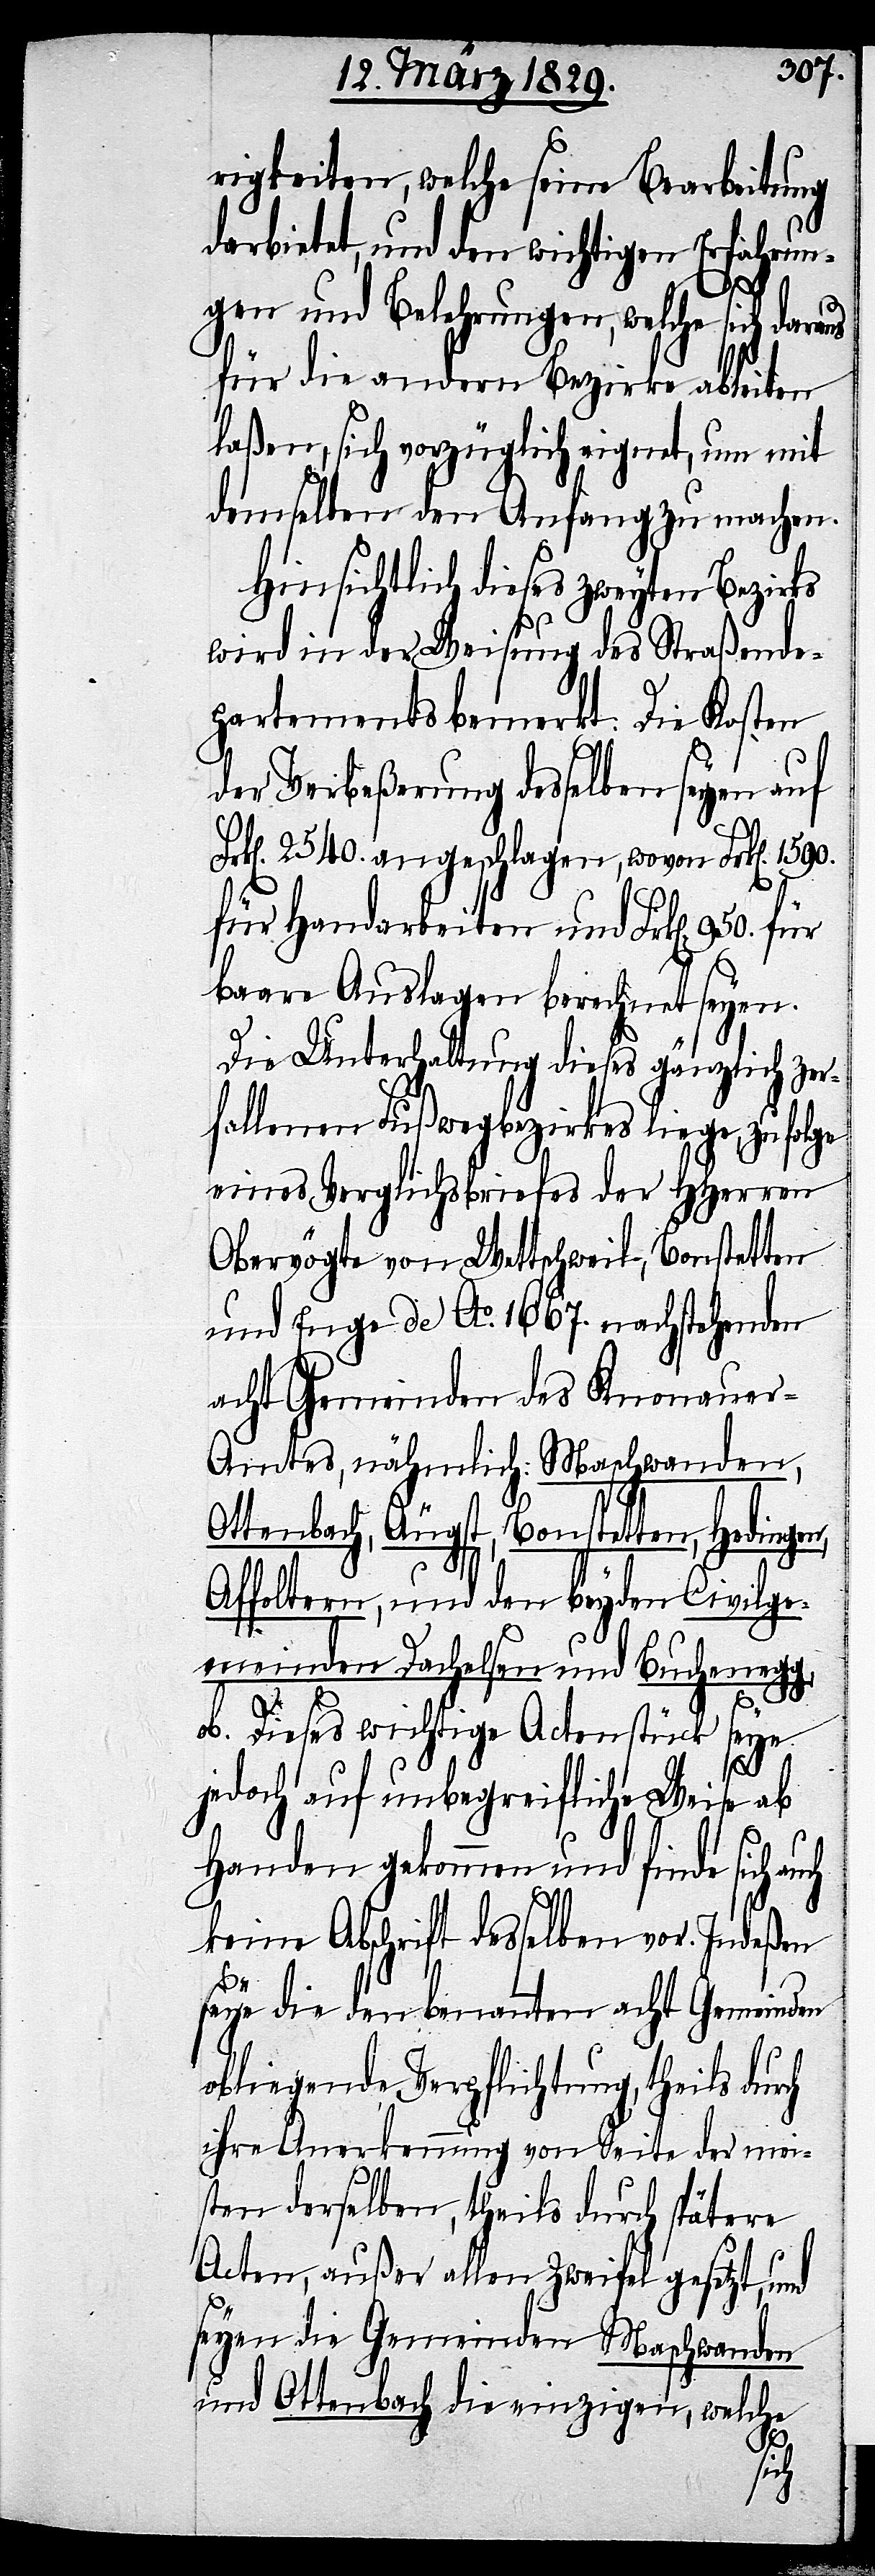
rigkeiten, welche seine Bearbeitung
darbietet, und den wichtigen Erfahrun¬
gen und Belehrungen, welche sich daraus
für die andern Bezirke ableiten
laßen, sich vorzüglich eignet, um mit
demselben den Anfang zu machen.
Hinsichtlich dieses zweyten Bezirks
wird in der Weisung des Straßende¬
partements bemerkt: Die Kosten
der Verbeßerung desselben seyen auf
Frk[en]. 2540. angeschlagen, wovon Frk[en].
für Handarbeiten und Frk[en]. 950.
baare Auslagen berechnet seyen.
Die Unterhaltung dieses gänzlich zer¬
fallenen Fußwegbezirkes liege, zufolge
eines Verglichsbriefes der HHerren
Obervögte von Wettschweil, Bonstetten
und Enge de Ao. 1667. nachstehenden
acht Gemeinden des Knonauer-A¬
mtes, nähmlich: Maschwanden,
Ottenbach, Äugst, Bonstetten, Hedingen,
Affoltern, und den beyden Civilge¬
meinden Dachelsen und Buchenegg,
ob. Dieses wichtige Actenstück seye
jedoch auf unbegreifliche Weise ab
Handen gekommen und finde sich auch
keine Abschrift desselben vor. Indeßen
seye die den benannten acht Gemeinden
obliegende Verpflichtung, theils durch
ihre Anerkennung von Seite der mei¬
sten derselben, theils durch spätere
Acten, außer allen Zweifel gesetzt,
seyen die Gemeinden Meschwanden
und Ottenbach die einzigen, welche